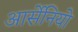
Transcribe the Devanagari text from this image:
आर्सेनियो